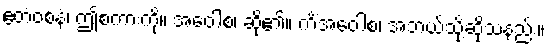
ဧတံဝစနံ၊ ဤစကားကို။ အဝေါစ၊ ဆို၏။ ကိံအဝေါစ၊ အဘယ်သို့ဆိုသနည်း။